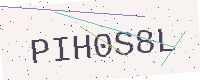
Text: PIH0S8L